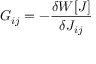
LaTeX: G _ { i j } = - { \frac { \delta W [ J ] } { \delta J _ { i j } } }